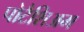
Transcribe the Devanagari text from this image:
पोटैशिअम